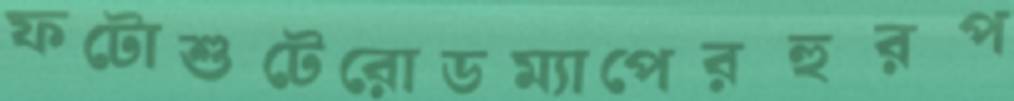
ফটোশুটেরোডম্যাপেরহুরপ